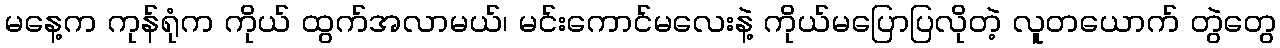
မနေ့က ကုန်ရုံက ကိုယ် ထွက်အလာမယ်၊ မင်းကောင်မလေးနဲ့ ကိုယ်မပြောပြလိုတဲ့ လူတယောက် တွဲတွေ